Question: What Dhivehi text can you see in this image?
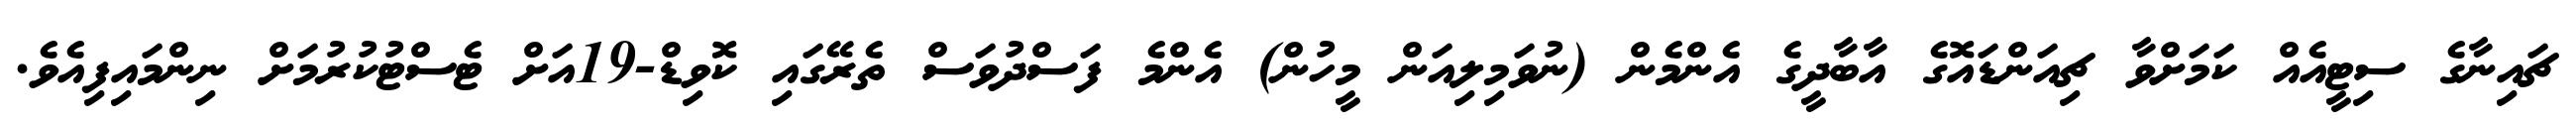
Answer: ޗައިނާގެ ސިޓީއެއް ކަމަށްވާ ޗިއަންޑައޮގެ އާބާދީގެ އެންމެން (ނުވަމިލިއަން މީހުން) އެންމެ ފަސްދުވަސް ތެރޭގައި ކޮވިޑް-19އަށް ޓެސްޓުކުރުމަށް ނިންމައިފިއެވެ.